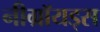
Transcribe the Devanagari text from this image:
नीग्रॉयड्स